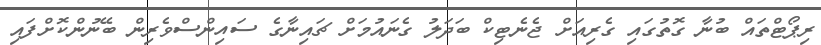
ރިޕޯޓްތައް ބުނާ ގޮތުގައި ގެރިއަށް ޖެނެޓިކް ބަދަލު ގެނައުމަށް ޗައިނާގެ ސައިންސްވެރިން ބޭނުންކޮށްފައި